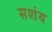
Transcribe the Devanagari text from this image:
सशंय